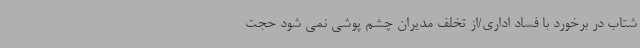
شتاب در برخورد با فساد اداری/از تخلف مدیران چشم پوشی نمی شود حجت